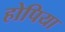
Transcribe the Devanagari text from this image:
होपिया